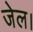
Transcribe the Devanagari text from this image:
जेल।